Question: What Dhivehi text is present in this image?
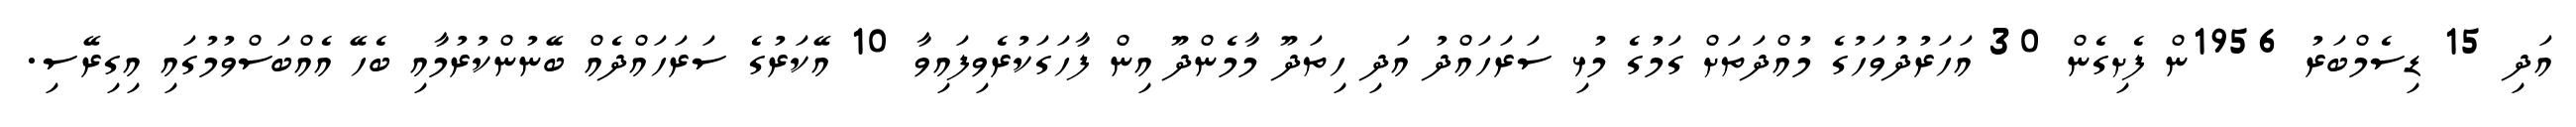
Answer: އަދި 15 ޑިސެމްބަރު 1956ން ފެށިގެން 30 އަހަރުދުވަހުގެ މުއްދަތަށް ގަމުގެ މުޅި ސަރަހައްދު އަދި ހިތަދޫ މާމެންދޫ އިން ފާހަގަކުރެވިފައިވާ 10 އޭކަރުގެ ސަރަހައްދެއް ބޭނުންކުރުމާއި ބެހޭ އެއްބަސްވުމުގައި އިގިރޭސި.